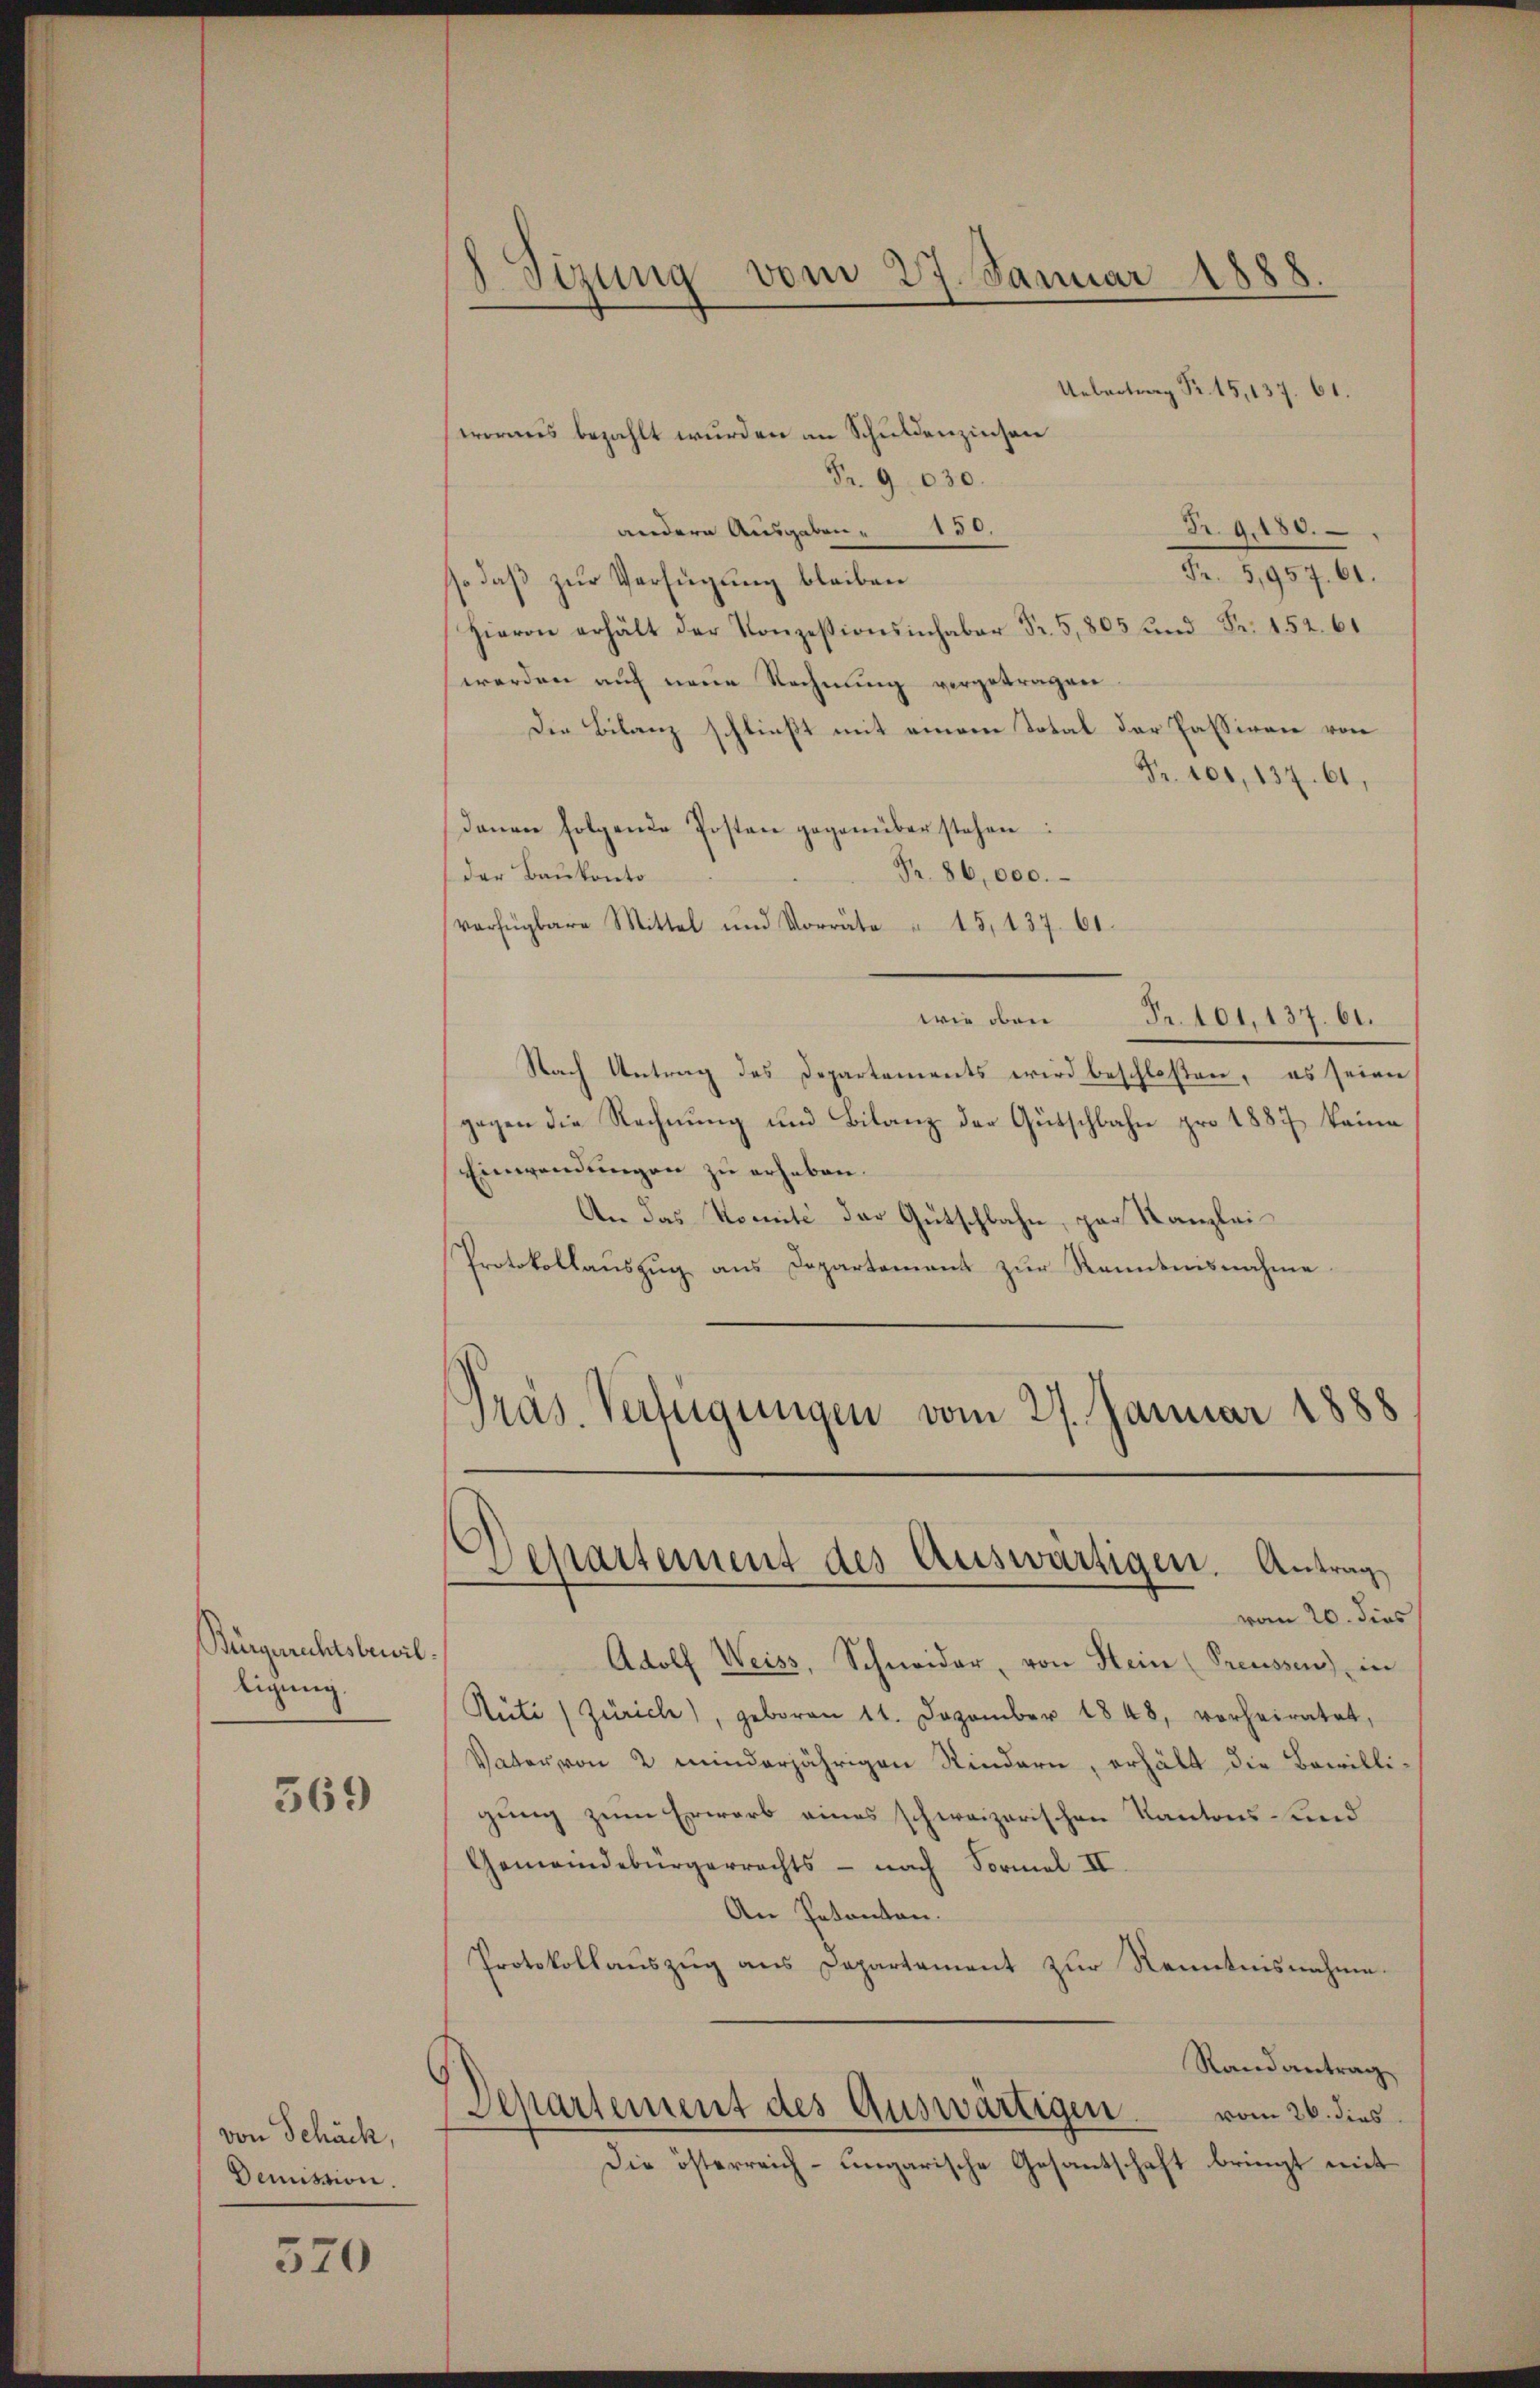
Bürgerrechtsbewil
ligung.

569

von Schäck,
Demission.

570

Sizung vom 27. Januar 1888.

Uebertrag Fr. 15, 137. 61.
woraus bezahlt wurden an Schuldenzinsen
Fr. 9 030.
Fr. 9, 180.
andere Ausgaben " 150.
Fr. 5,957. 61.
sso daß zur Verfügung bleiben
Hievon erhält der Konzessionsinhaber Fr. 5, 805 und Fr. 152. 61
werden auch neue Rechnung vorgetragen.
Die Bilanz schließt mit einem Total der Passiven von
Fr. 101, 137. 61,
Daŭen folgende Posten gegenüber stehen:
Pr. 86,000.
der Baukonto
verfügbare Mittel und Vorräte " 15, 137. 61.
wie oben Fr. 101. 187. 61.
Nach Antrag des Departements wird beschloßen, es seien
gegen die Rechnung und Bilanz der Gütschbahn pro 1887, keine
Einwendungen zu erheben.
An das Nomité der Gütschlahn, par Kanzlei¬
Protokollauszug aus Departement zur Kenntnisnahme
Präs. Verfügungen vom 27. Januar 1888

¬
Departement des Auswärtigen. Antrag

vom 20. dies
Adolf Weiss, Schneider, von Hein (Preussen) in
Rüti (Zürich), geboren 11. Dezember 1848, vorheiratet,
Vater von 2 minderjährigen Kindern, erhält die Bewilligung zum Erwarb eines schweizerischen Kantons-Land¬
Gemeindebürgerrechts - nach Formel II
An Petenten.
Protokollaŭszŭg ans Departement zŭr Kenntnisnahme.
Randantrag
Departement des Auswärtigen.
vom 26. dies
Die österreich-ungarische Gesantschaft bringt mit